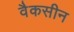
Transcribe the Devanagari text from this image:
वैकसीन